Reports on dispensaries and lunatic asylums in the Province of Oudh - 1869-1876
Year: 1869
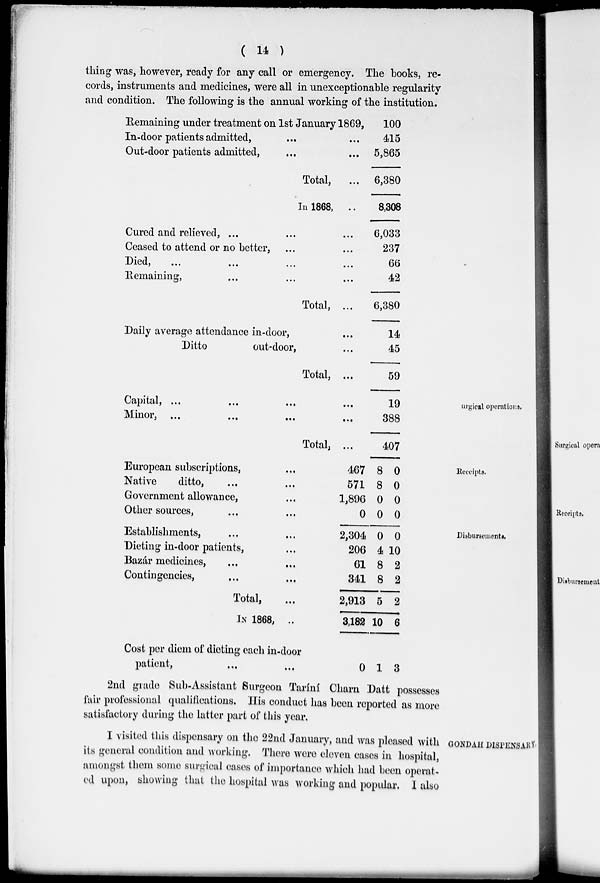
( 14 )
thing was, however, ready for any call or emergency. The books, re-
cords, instruments and medicines, were all in unexceptionable regularity
and condition. The following is the annual working of the institution.
Remaining under treatment on 1st January 1869,
In-door patients admitted, ... ...
Out-door patients admitted, ... ...
Total, ...
In 1868, ..
Cured and relieved, ... ... ...
Ceased to attend or no better, ... ...
Died,
...
...
...
...
Remaining, ... ... ...
Total, ...
Daily average attendance in-door, ...
Ditto
out-door, ...
Total, ...
100
415
5,865
6,380
8,308
6,033
237
66
42
6,380
14
45
59
Surgical operations.
Capital, ... ... ... ...
Minor,
...
...
...
...
Total, ...
19
388
407
Receipts.
European subscriptions, ...
Native
ditto, ... ...
Government allowance, ...
Other sources, ... ...
467
571
1,896
0
8
8
0
0
0
0
0
0
Disbursements.
Establishments, ... ...
Dieting in-door patients, ...
Bazar medicines, ... ...
Contingencies, ... ...
Total, ...
IN 1868, ..
Cost per diem of dieting each in-door
patient, ... ...
2,304
206
61
341
2,913
3,182
0
0
4
8
8
5
10
1
0
10
2
2
2
6
3
2nd grade Sub-Assistant Surgeon Taríní Charn Datt possesses
fair professional qualifications. His conduct has been reported as more
satisfactory during the latter part of this year.
GONDAH DISPENSARY.
I visited this dispensary on the 22nd January, and was pleased with
its general condition and working. There were eleven cases in hospital,
amongst them some surgical cases of importance which had been operat-
ed upon, showing that the hospital was working and popular. I also